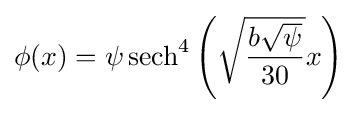
\phi (x)=\psi \operatorname {sech} ^{4}\left({\sqrt {\frac {b{\sqrt {\psi }}}{30}}}x\right)